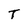
Character: T